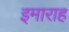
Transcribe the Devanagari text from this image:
इमाराह